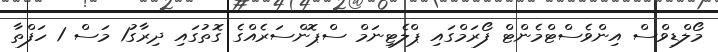
މޯލްޑިވްސް އިންވެސްޓްމެންޓް ފޯރަމްގައި ޕްލެޓިނަމް ސްޕޮންސަރެއްގެ ގޮތުގައި ދިރާގު1 މަސް 1 ހަފްތާ